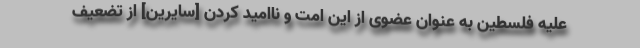
علیه فلسطین به عنوان عضوی از این امت و ناامید کردن [سایرین] از تضعیف